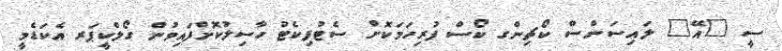
ސީ "އޭ" ލައިސަންސް ކޯޗިންގ ކޯސް ފުރިހަމަކޮށް ސެޓުފިކެޓު ހާސިލުކޮށްފައިވުން ގޯލްކީޕަރ އެކަޑެމީ